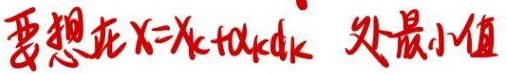
要想在$x = x_k + \alpha_k d_k$ 处最小值